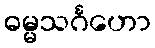
ဓမ္မသင်္ဂဟော